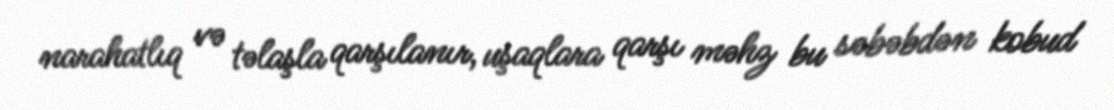
narahatlıq və təlaşla qarşılanır, uşaqlara qarşı məhz bu səbəbdən kobud